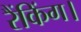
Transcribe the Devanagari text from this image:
रैंकिंग।